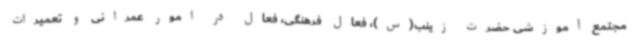
مجتمع آموزشی حضرت زینب(س)، فعال فرهنگی، فعال در امور عمرانی و تعمیرات